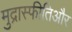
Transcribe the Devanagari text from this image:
मुद्रास्फीतिऔर